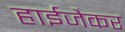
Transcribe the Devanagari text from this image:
हाईजैकर